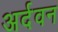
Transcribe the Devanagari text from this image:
अर्दवन